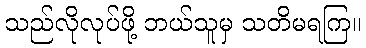
သည်လိုလုပ်ဖို့ ဘယ်သူမှ သတိမရကြ။